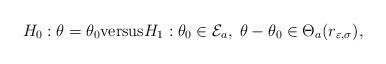
LaTeX: \begin{align*}H_0: \theta=\theta_0 \mathrm{versus} H_1: \theta_0 \in \mathcal{E}_a,\; \theta-\theta_0\in \Theta_a(r_{\varepsilon,\sigma}),\end{align*}